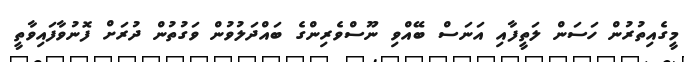
މީގެއިތުރުން ހަސަން ލަތީފާއި އަނަސް ބޭއްވި ނޫސްވެރިންގެ ބައްދަލުވުން ވަގުތުން ދުރަށް ފޮނުވާފައިވާތީ